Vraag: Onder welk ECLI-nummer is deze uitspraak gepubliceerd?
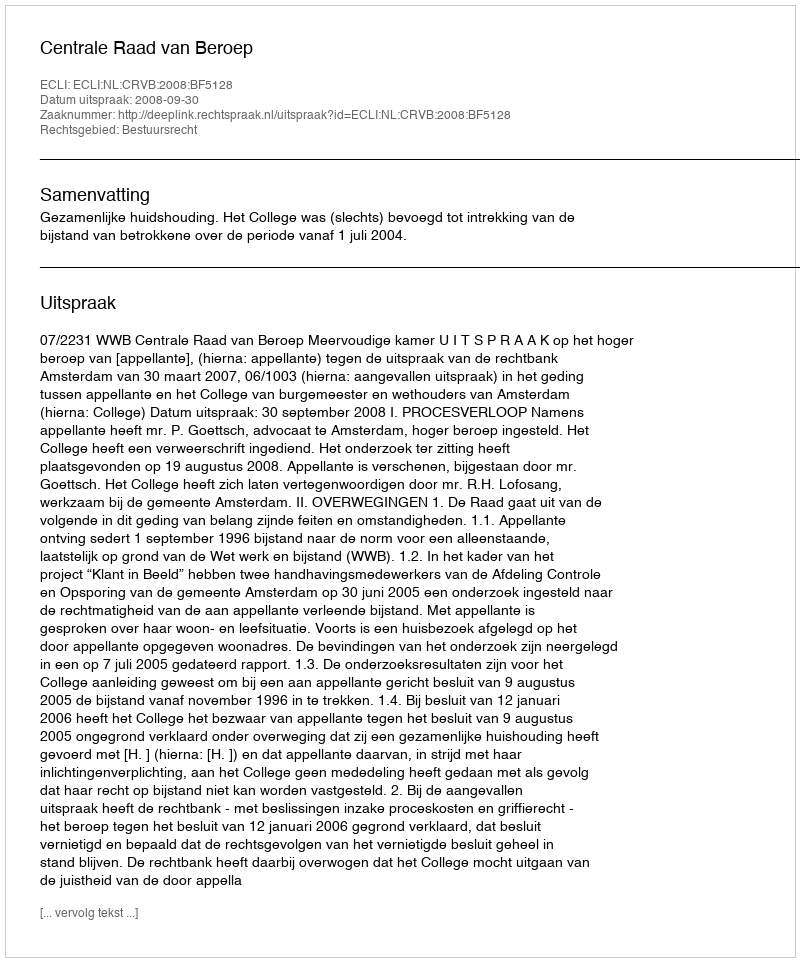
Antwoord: ECLI:NL:CRVB:2008:BF5128